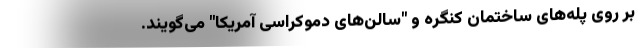
بر روی پله‌های ساختمان کنگره و "سالن‌های دموکراسی آمریکا" می‌گویند.